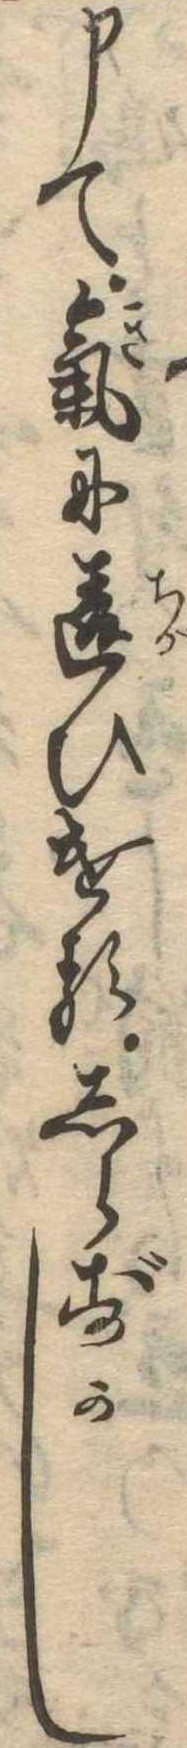
申て気に違ひけるしらずかし